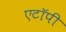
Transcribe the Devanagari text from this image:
एटॉपी